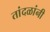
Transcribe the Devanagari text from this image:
तांदळांनी